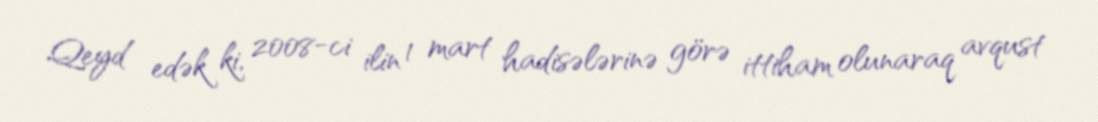
Qeyd edək ki, 2008-ci ilin 1 mart hadisələrinə görə ittiham olunaraq avqust